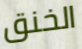
الخنق